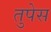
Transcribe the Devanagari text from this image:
तुपेस